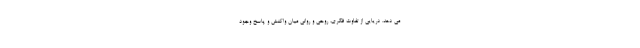
می دهد. دریایی از تفاوت فکری، روحی و روانی میان واکنش و پاسخ وجود